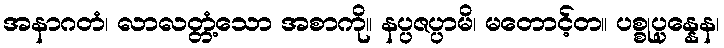
အနာဂတံ၊ လာလတ္တံ့သော အစာကို။ နပ္ပဇပ္ပာမိ၊ မတောင့်တ။ ပစ္စုပ္ပန္နေန၊